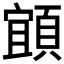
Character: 𩓧